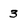
Character: 3